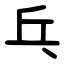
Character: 乓